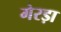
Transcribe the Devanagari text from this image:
गेरड़ा